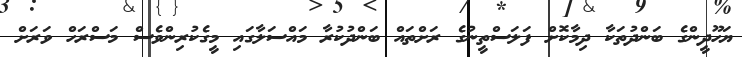
ޔަހޫދީންގެ ބަންދުތަކާ ދިމާކޮށް ފަލަސްތީނުގެ ރަށްތައް ބަންދުކުރާ މައްސަލާގައި މީގެކުރިންވެސް މަސްރަހް ވަރަށް